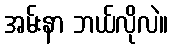
အမ်းနာ ဘယ်လိုလဲ။